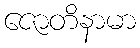
ဇောတိနာမာ